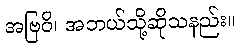
အဗြဝိ၊ အဘယ်သို့ဆိုသနည်း။